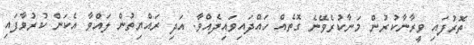
ތޮރުފައި ވީރާނާކުރުން މަނާކުރެވޭނެ ގޮތެއް ހައްދައިވައިދެއްވާ. އަދި ރައްޔިތުން ލައްވާ އެކަން ކުރުވާފައި